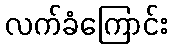
လက်ခံကြောင်း